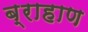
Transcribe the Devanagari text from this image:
ब्राहाण